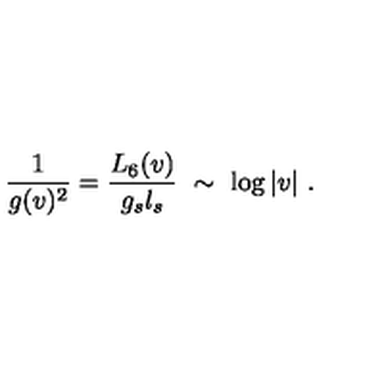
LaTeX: \frac { 1 } { g ( v ) ^ { 2 } } = \frac { L _ { 6 } ( v ) } { g _ { s } l _ { s } } \ \sim \ \log | v | \ .